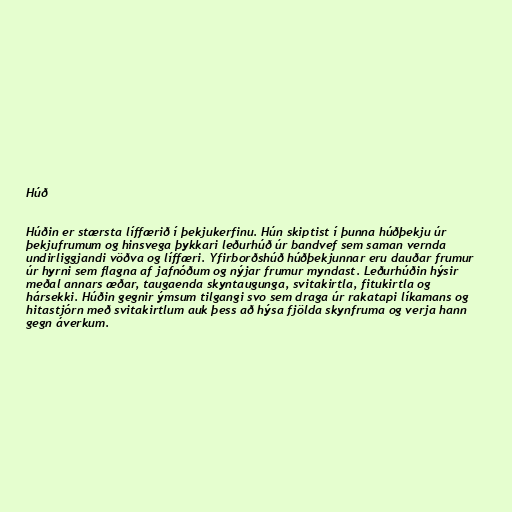
Húð

Húðin er stærsta líffærið í þekjukerfinu. Hún skiptist í þunna húðþekju úr
þekjufrumum og hinsvega þykkari leðurhúð úr bandvef sem saman vernda
undirliggjandi vöðva og líffæri. Yfirborðshúð húðþekjunnar eru dauðar frumur
úr hyrni sem flagna af jafnóðum og nýjar frumur myndast. Leðurhúðin hýsir
meðal annars æðar, taugaenda skyntaugunga, svitakirtla, fitukirtla og
hársekki. Húðin gegnir ýmsum tilgangi svo sem draga úr rakatapi líkamans og
hitastjórn með svitakirtlum auk þess að hýsa fjölda skynfruma og verja hann
gegn áverkum.